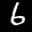
Label: 6